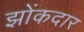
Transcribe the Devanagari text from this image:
झोंकदार